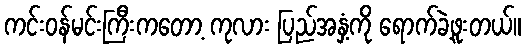
ကင်းဝန်မင်းကြီးကတော့ ကုလား ပြည်အနှံ့ကို ရောက်ခဲ့ဖူးတယ်။